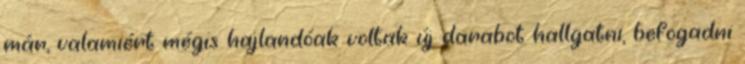
már, valamiért mégis hajlandóak voltak új darabot hallgatni, befogadni